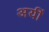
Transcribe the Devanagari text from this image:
अयीं